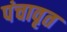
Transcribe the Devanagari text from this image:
पंचावृत